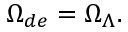
\Omega _ { d e } = \Omega _ { \Lambda } .